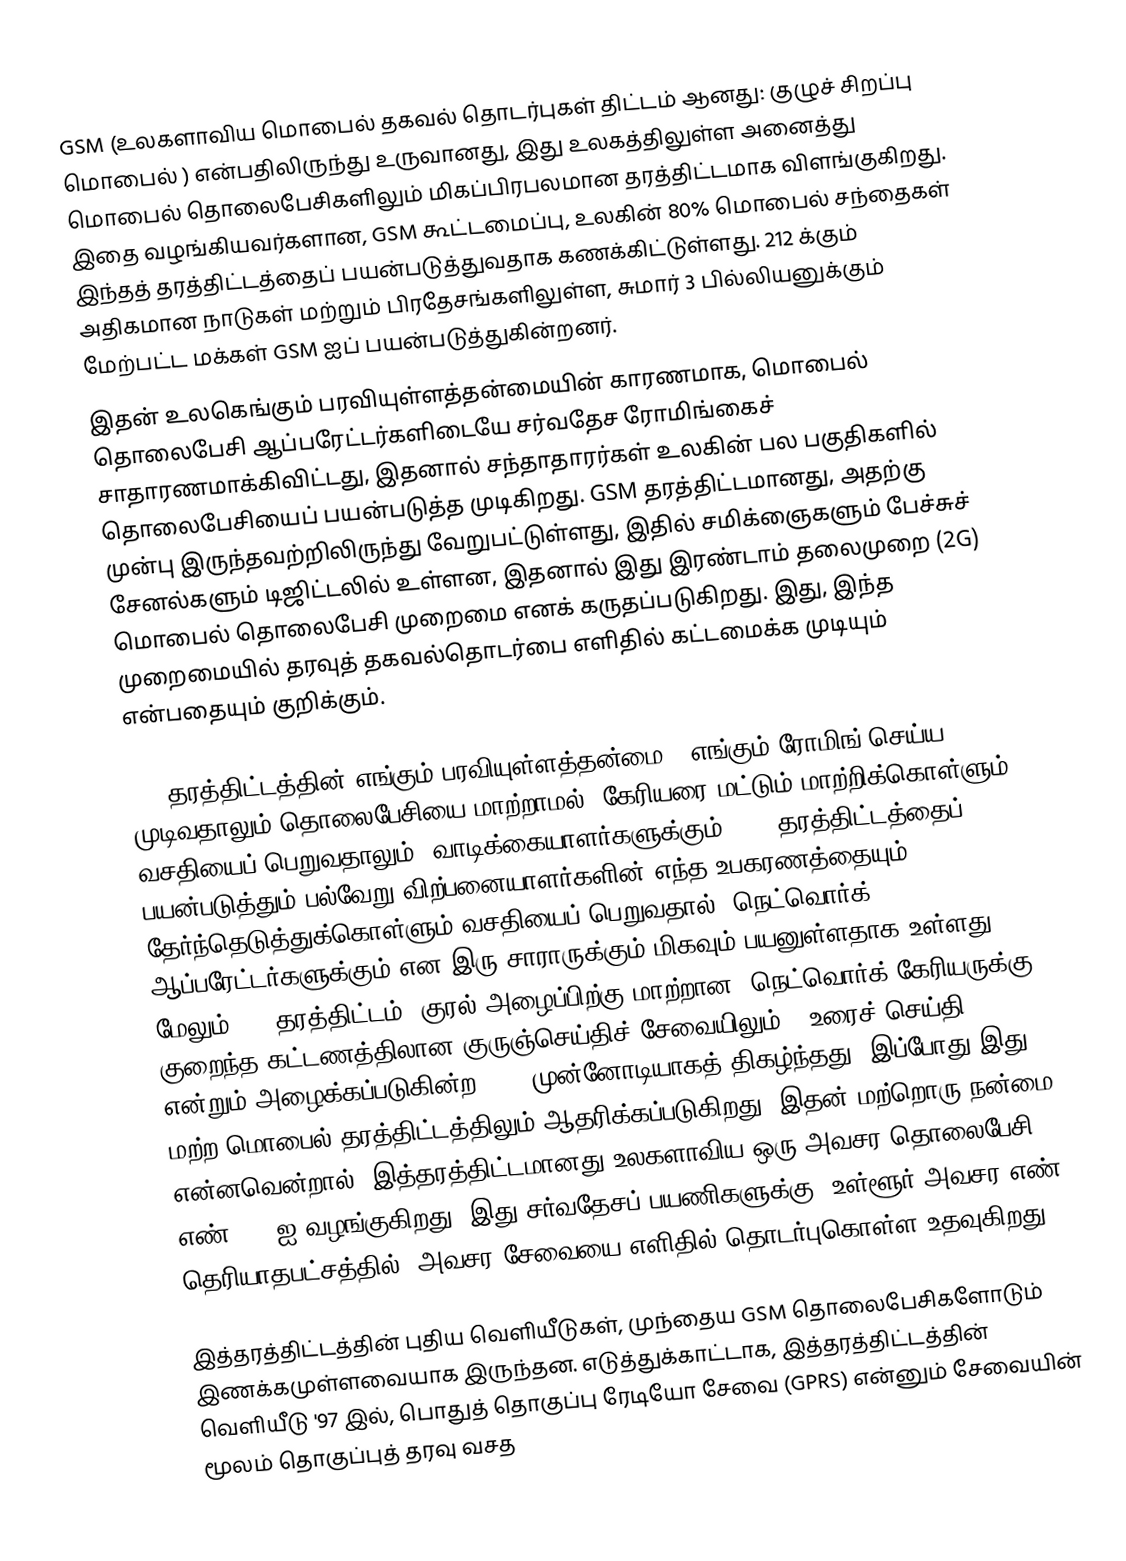
GSM (உலகளாவிய மொபைல் தகவல் தொடர்புகள் திட்டம் ஆனது: குழுச் சிறப்பு மொபைல்  ) என்பதிலிருந்து உருவானது, இது உலகத்திலுள்ள அனைத்து மொபைல் தொலைபேசிகளிலும் மிகப்பிரபலமான தரத்திட்டமாக விளங்குகிறது. இதை வழங்கியவர்களான, GSM கூட்டமைப்பு, உலகின் 80% மொபைல் சந்தைகள் இந்தத் தரத்திட்டத்தைப் பயன்படுத்துவதாக கணக்கிட்டுள்ளது. 212 க்கும் அதிகமான நாடுகள் மற்றும் பிரதேசங்களிலுள்ள, சுமார் 3 பில்லியனுக்கும் மேற்பட்ட மக்கள் GSM ஐப் பயன்படுத்துகின்றனர்.
இதன் உலகெங்கும் பரவியுள்ளத்தன்மையின் காரணமாக, மொபைல் தொலைபேசி ஆப்பரேட்டர்களிடையே சர்வதேச ரோமிங்கைச் சாதாரணமாக்கிவிட்டது, இதனால் சந்தாதாரர்கள் உலகின் பல பகுதிகளில் தொலைபேசியைப் பயன்படுத்த முடிகிறது. GSM தரத்திட்டமானது, அதற்கு முன்பு இருந்தவற்றிலிருந்து வேறுபட்டுள்ளது, இதில் சமிக்ஞைகளும் பேச்சுச் சேனல்களும் டிஜிட்டலில் உள்ளன, இதனால் இது இரண்டாம் தலைமுறை (2G) மொபைல் தொலைபேசி முறைமை எனக் கருதப்படுகிறது. இது, இந்த முறைமையில் தரவுத் தகவல்தொடர்பை எளிதில் கட்டமைக்க முடியும் என்பதையும் குறிக்கும்.

GSM தரத்திட்டத்தின் எங்கும் பரவியுள்ளத்தன்மை, (எங்கும் ரோமிங் செய்ய முடிவதாலும் தொலைபேசியை மாற்றாமல், கேரியரை மட்டும் மாற்றிக்கொள்ளும் வசதியைப் பெறுவதாலும்) வாடிக்கையாளர்களுக்கும் (GSM தரத்திட்டத்தைப் பயன்படுத்தும் பல்வேறு விற்பனையாளர்களின் எந்த உபகரணத்தையும் தேர்ந்தெடுத்துக்கொள்ளும் வசதியைப் பெறுவதால்) நெட்வொர்க் ஆப்பரேட்டர்களுக்கும் என இரு சாராருக்கும் மிகவும் பயனுள்ளதாக உள்ளது. மேலும் GSM தரத்திட்டம், குரல் அழைப்பிற்கு மாற்றான (நெட்வொர்க் கேரியருக்கு) குறைந்த கட்டணத்திலான குருஞ்செய்திச் சேவையிலும் ("உரைச் செய்தி" என்றும் அழைக்கப்படுகின்ற SMS) முன்னோடியாகத் திகழ்ந்தது, இப்போது இது மற்ற மொபைல் தரத்திட்டத்திலும் ஆதரிக்கப்படுகிறது. இதன் மற்றொரு நன்மை என்னவென்றால், இத்தரத்திட்டமானது உலகளாவிய ஒரு அவசர தொலைபேசி எண் 112 ஐ வழங்குகிறது. இது சர்வதேசப் பயணிகளுக்கு, உள்ளூர் அவசர எண் தெரியாதபட்சத்தில், அவசர சேவையை எளிதில் தொடர்புகொள்ள உதவுகிறது.

இத்தரத்திட்டத்தின் புதிய வெளியீடுகள், முந்தைய GSM தொலைபேசிகளோடும் இணக்கமுள்ளவையாக இருந்தன. எடுத்துக்காட்டாக, இத்தரத்திட்டத்தின் வெளியீடு '97 இல், பொதுத் தொகுப்பு ரேடியோ சேவை (GPRS) என்னும் சேவையின் மூலம் தொகுப்புத் தரவு வசத